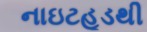
નાઇટહૂડથી